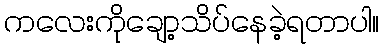
ကလေးကိုချော့သိပ်နေခဲ့ရတာပါ။